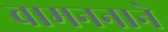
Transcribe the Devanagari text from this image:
वामननाने